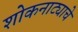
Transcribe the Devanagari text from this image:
शोकनाट्याचे